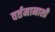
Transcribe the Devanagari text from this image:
वर्तमानाशी